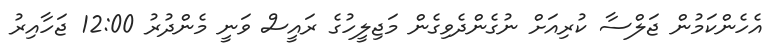
އެހެންކަމުން ޖަލްސާ ކުރިއަށް ނުގެންދެވިގެން މަޖިލީހުގެ ރައީސް ވަނީ މެންދުރު 12:00 ޖަހާއިރު